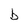
Character: b